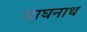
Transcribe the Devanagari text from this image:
बाघनाथ